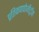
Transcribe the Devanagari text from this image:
प्रतिकणपोजीट्रॉन